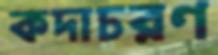
কদাচরণ